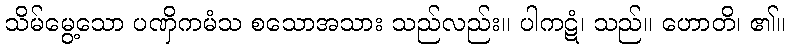
သိမ်မွေ့သော ပဏှိကမံသ စသောအသား သည်လည်း။ ပါကဋံ၊ သည်။ ဟောတိ၊ ၏။